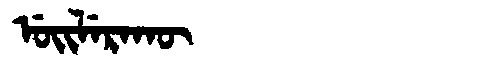
Manchu: ᡠᡳᠯᡝᡵᠠᡴᡡ
Romanization: UILERAKŪ